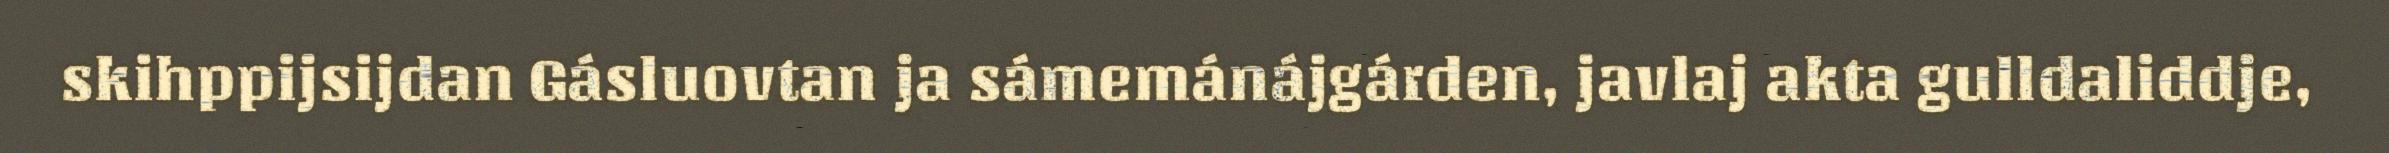
skihppijsijdan Gásluovtan ja sámemánájgárden, javlaj akta gulldaliddje,